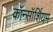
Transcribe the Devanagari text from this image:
कॉन्सॉर्शियम